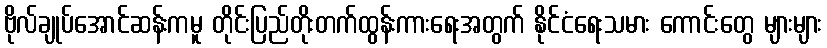
ဗိုလ်ချုပ်အောင်ဆန်းကမူ တိုင်းပြည်တိုးတက်ထွန်းကားရေးအတွက် နိုင်ငံရေးသမား ကောင်းတွေ များများ